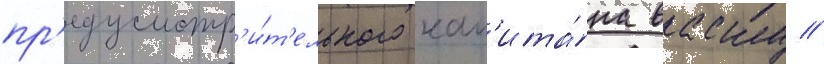
пр'едусмотр'и́т'ельного кап'ита́на васку //